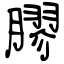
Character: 膠